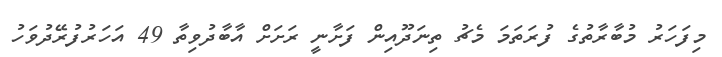
މިފަހަރު މުބާރާތުގެ ފުރަތަމަ މެޗު ތިނަދޫއިން ފަށާނީ ރަށަށް އާބާދުވިތާ 49 އަހަރުފުރޭދުވަހު